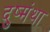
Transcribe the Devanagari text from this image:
दुष्मंथा